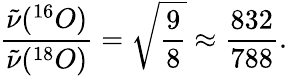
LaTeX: {\frac{{\tilde{\nu}}(^{16}O)}{{\tilde{\nu}}(^{18}O)}}={\sqrt{\frac{9}{8}}}\approx{\frac{832}{788}}.